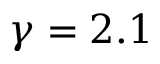
\gamma = 2 . 1